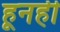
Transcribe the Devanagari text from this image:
हूनही